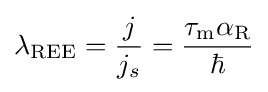
\lambda _{\rm {REE}}={\frac {j}{j_{s}}}={\frac {\tau _{\rm {m}}\alpha _{\rm {R}}}{\hbar }}